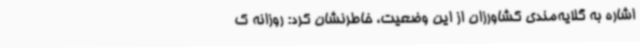
اشاره به گلایه‌مندی کشاورزان از این وضعیت، خاطرنشان کرد: روزانه ک